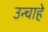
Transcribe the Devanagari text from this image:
उन्चाहे